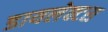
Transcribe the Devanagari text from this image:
डायलेक्टस